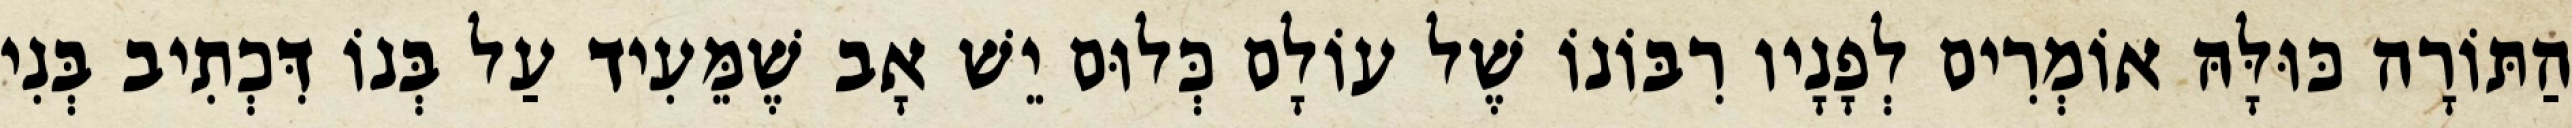
הַתּוֹרָה כּוּלָּהּ אוֹמְרִים לְפָנָיו רִבּוֹנוֹ שֶׁל עוֹלָם כְּלוּם יֵשׁ אָב שֶׁמֵּעִיד עַל בְּנוֹ דִּכְתִיב בְּנִי